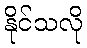
နိုင်သလို